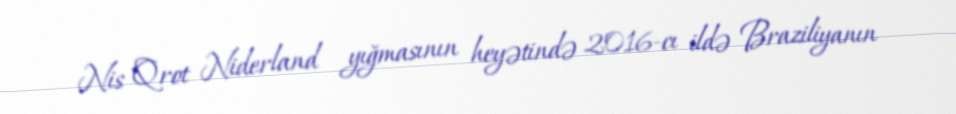
Nis Qrot Niderland yığmasının heyətində 2016-cı ildə Braziliyanın